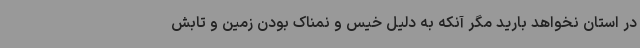
در استان نخواهد بارید مگر آنکه به دلیل خیس و نمناک بودن زمین و تابش